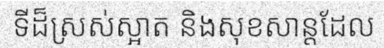
ទីដ៏ស្រស់ស្អាត និងសុខសាន្តដែល